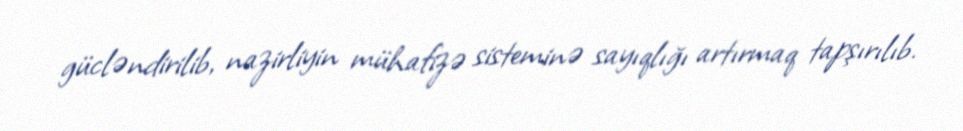
gücləndirilib, nazirliyin mühafizə sisteminə sayıqlığı artırmaq tapşırılıb.